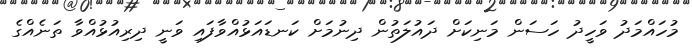
މުހައްމަދު ވަހީދު ހަސަން މަނިކަށް ދައުލަތުން ދިނުމަށް ކަނޑައަޅުއްވާފައި ވަނީ ދިރިއުޅުއްވާ ތަނެއްގެ